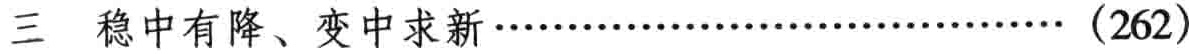
$\frac{a}{x}+\frac{b}{y}+\frac{c}{z}=0$